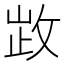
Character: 𢽗